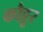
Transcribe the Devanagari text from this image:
कौट्टूर